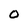
Character: 0